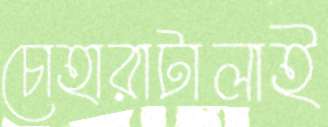
চোহারাটালাই